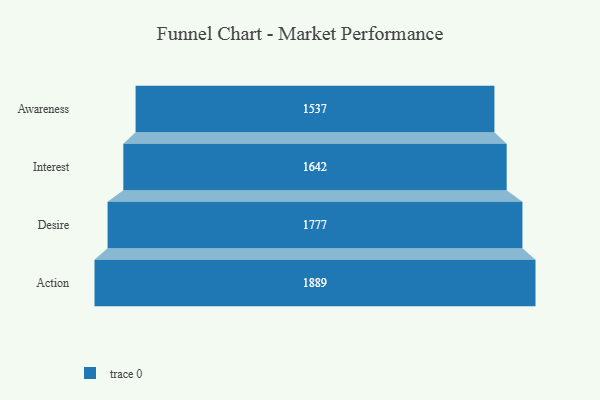
{"axis": {"x": "Stage", "y": "Value"}, "legend": [""], "data": [{"x": "Awareness", "y": 1537.0, "type": ""}, {"x": "Interest", "y": 1642.0, "type": ""}, {"x": "Desire", "y": 1777.0, "type": ""}, {"x": "Action", "y": 1889.0, "type": ""}]}